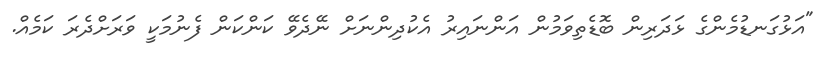
"އަޅުގަނޑުމެންގެ ޅަދަރިން ބޮޑެތިވަމުން އަންނައިރު އެކުދިންނަށް ނޭދެވޭ ކަންކަން ފެނުމަކީ ވަރަށްދެރަ ކަމެއް.